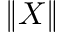
\| X \|